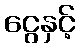
ငွေနှင့်